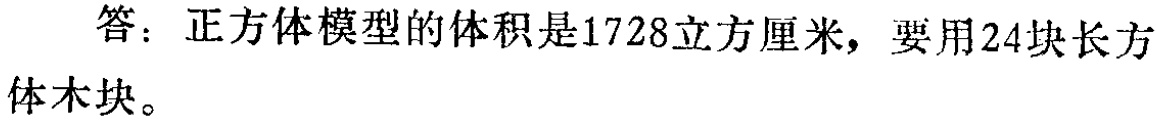
答：正方体模型的体积是1728立方厘米，要用24块长方体木块。